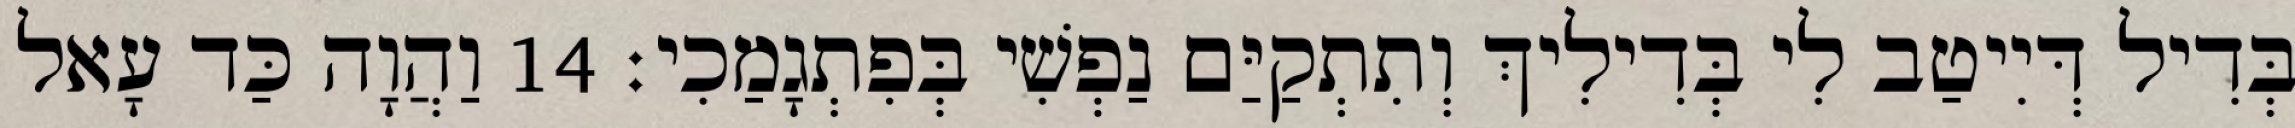
בְּדִיל דְּיִיטַב לִי בְּדִילִיךְ וְתִתְקַיַּם נַפְשִׁי בְּפִתְגָמַכִי׃ 14 וַהֲוָה כַּד עָאל